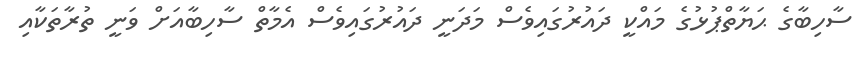
ސާހިބާގެ ޙަޔާތްޕުޅުގެ މައްކީ ދައުރުގައިވެސް މަދަނީ ދައުރުގައިވެސް އެމާތް ސާހިބާއަށް ވަނީ ތުރާތަކާއި